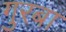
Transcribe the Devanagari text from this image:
गुरबा